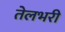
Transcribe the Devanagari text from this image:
तेलभरी